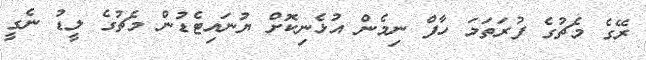
ރޭގެ މެޗުގެ ފުރަތަމަ ހާފް ނިމެން އުޅެނިކޮށް ޔުނައިޓެޑުން މެޗުގެ ލީޑު ނެގީ